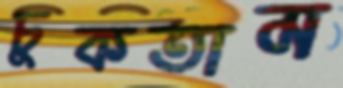
চুকতাম